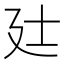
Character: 𫸑